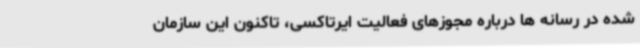
شده در رسانه ها درباره مجوزهای فعالیت ایرتاکسی، تاکنون این سازمان